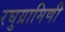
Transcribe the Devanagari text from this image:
रघुग्रामिणी